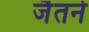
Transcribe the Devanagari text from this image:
जैतने